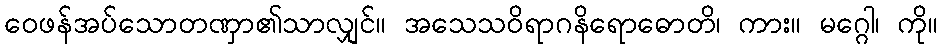
ဝေဖန်အပ်သောတဏှာ၏သာလျှင်။ အသေသဝိရာဂနိရောဓောတိ၊ ကား။ မဂ္ဂေါ၊ ကို။